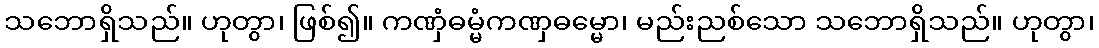
သဘောရှိသည်။ ဟုတွာ၊ ဖြစ်၍။ ကဏှံဓမ္မံကဏှဓမ္မော၊ မည်းညစ်သော သဘောရှိသည်။ ဟုတွာ၊